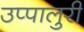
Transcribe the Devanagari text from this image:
उप्पालुरी